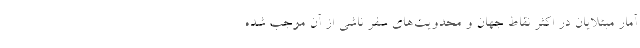
آمار مبتلایان در اکثر نقاط جهان و محدویت‌های سفر ناشی از آن موجب شده